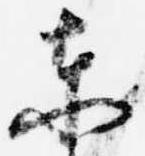
東